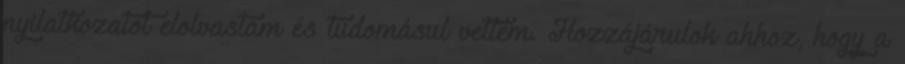
nyilatkozatot elolvastam és tudomásul vettem. Hozzájárulok ahhoz, hogy a